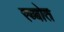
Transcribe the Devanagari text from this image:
रब्बोत